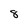
Character: 8